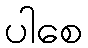
ပါစေ